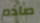
صادم